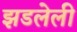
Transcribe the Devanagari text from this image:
झडलेली